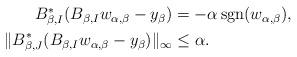
LaTeX: \begin{align*} \begin{aligned} B_{\beta,I}^*(B_{\beta,I}w_{\alpha,\beta}-y_\beta) &= -\alpha \mathop{{\rm sgn}}(w_{\alpha,\beta}),\\ \|B_{\beta,J}^*(B_{\beta,I}w_{\alpha,\beta}-y_\beta)\|_\infty &\le \alpha. \end{aligned} \end{align*}